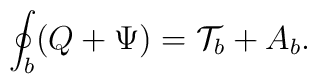
\oint_{b} (Q+\Psi)  = {\cal T}_{b} + A_{b}.